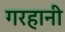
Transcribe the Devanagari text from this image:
गरहानी